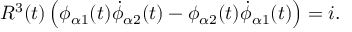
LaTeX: R ^ { 3 } ( t ) \left( \phi _ { \alpha 1 } ( t ) \dot { \phi } _ { \alpha 2 } ( t ) - \phi _ { \alpha 2 } ( t ) \dot { \phi } _ { \alpha 1 } ( t ) \right) = i .